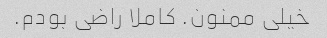
خیلی ممنون. کاملا راضی بودم.